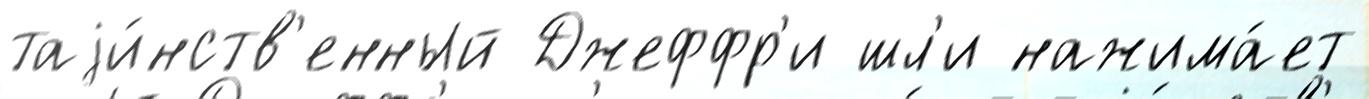
таjи́нств'енный Джеффр'и шл'и нажима́ет